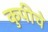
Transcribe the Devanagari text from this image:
कुपीचे